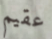
عقيم